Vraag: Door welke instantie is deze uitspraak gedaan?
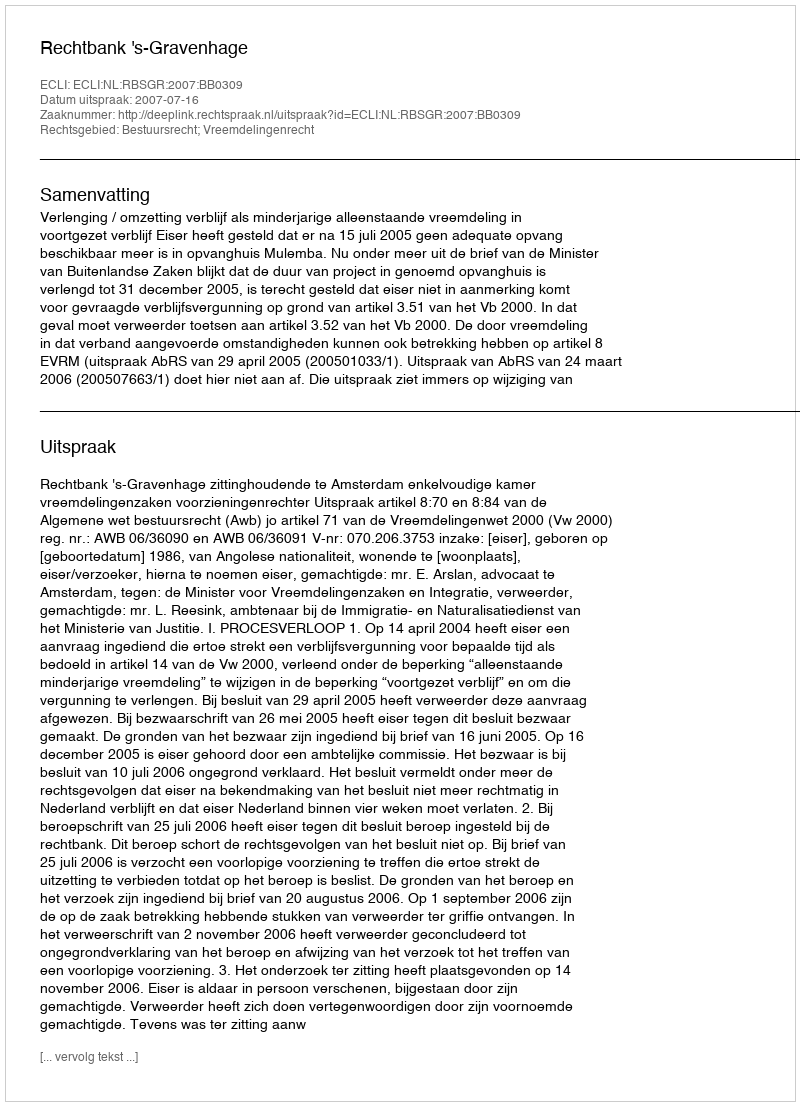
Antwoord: Rechtbank 's-Gravenhage